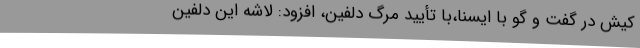
کیش در گفت و گو با ایسنا،با تأیید مرگ دلفین، افزود: لاشه این دلفین